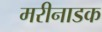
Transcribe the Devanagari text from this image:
मरीनाडक